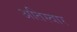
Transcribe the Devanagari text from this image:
अतिस्वार